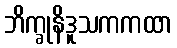
ဘိက္ခုနိဒူသကကထာ